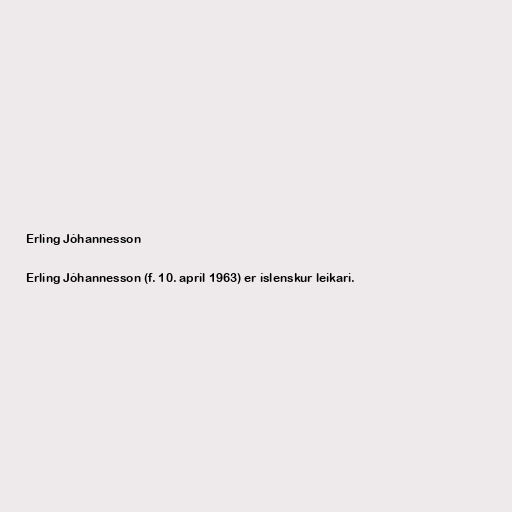
Erling Jóhannesson

Erling Jóhannesson (f. 10. apríl 1963) er íslenskur leikari.